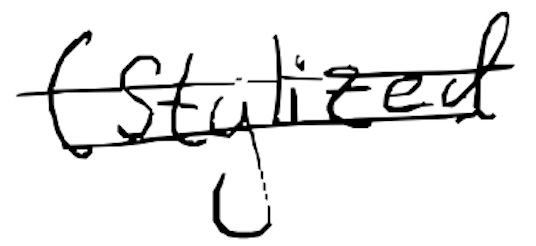
Text: (stylized
Cross-out: double-line
Writing tool: digital_black